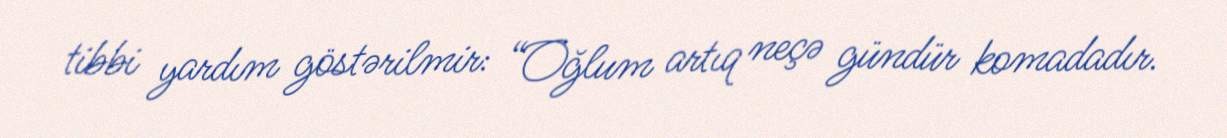
tibbi yardım göstərilmir: “Oğlum artıq neçə gündür komadadır.